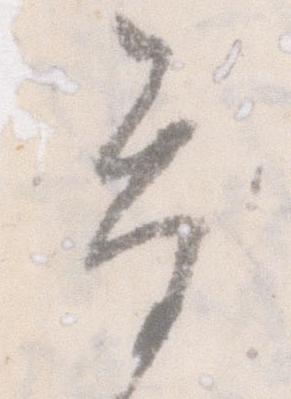
参